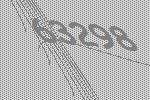
63298